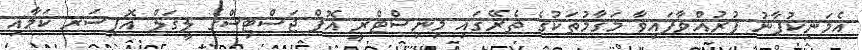
އެމަނިކުފާނު ފުރުއްވާފައިވާ މަޤާމުތަކުގެ ތެރޭގައި މިނިސްޓްރީ އޮފް ޖަސްޓިސްގެ ލީގަލް އޮފިސަރ ކަމާއި